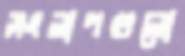
সংলাপগুলো